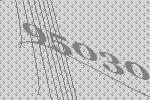
95030